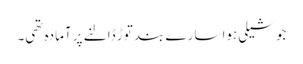
جوشیلی ہوا سارے بند توڑ ڈالنے پر آمادہ تھی۔